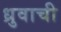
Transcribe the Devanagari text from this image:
ध्रुवाची